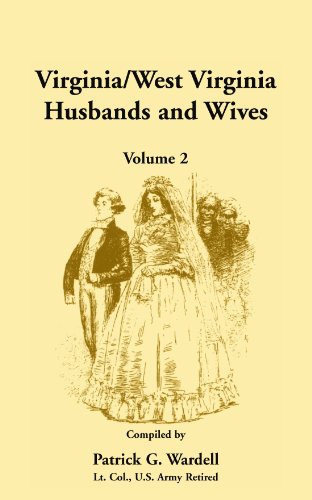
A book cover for Virginia/West Virginia Husbands and Wives, Volume 2; Patrick G. Wardell; Reference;